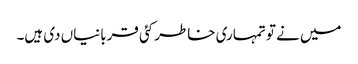
میں نے تو تمہاری خاطر کئی قربانیاں دی ہیں۔